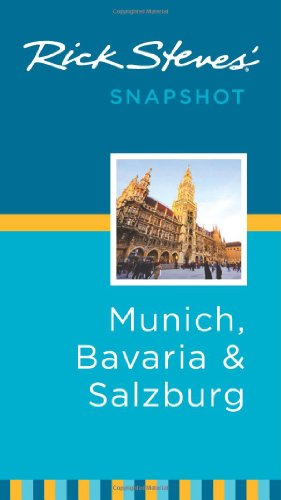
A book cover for Rick Steves' Snapshot Munich, Bavaria & Salzburg; Rick Steves; Travel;